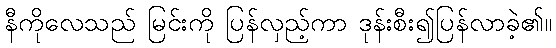
နီကိုလေသည် မြင်းကို ပြန်လှည့်ကာ ဒုန်းစီး၍ပြန်လာခဲ့၏။